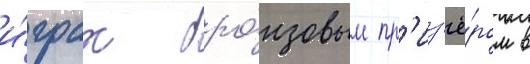
и́грах бро́нзовым пр'из'ё́ром в